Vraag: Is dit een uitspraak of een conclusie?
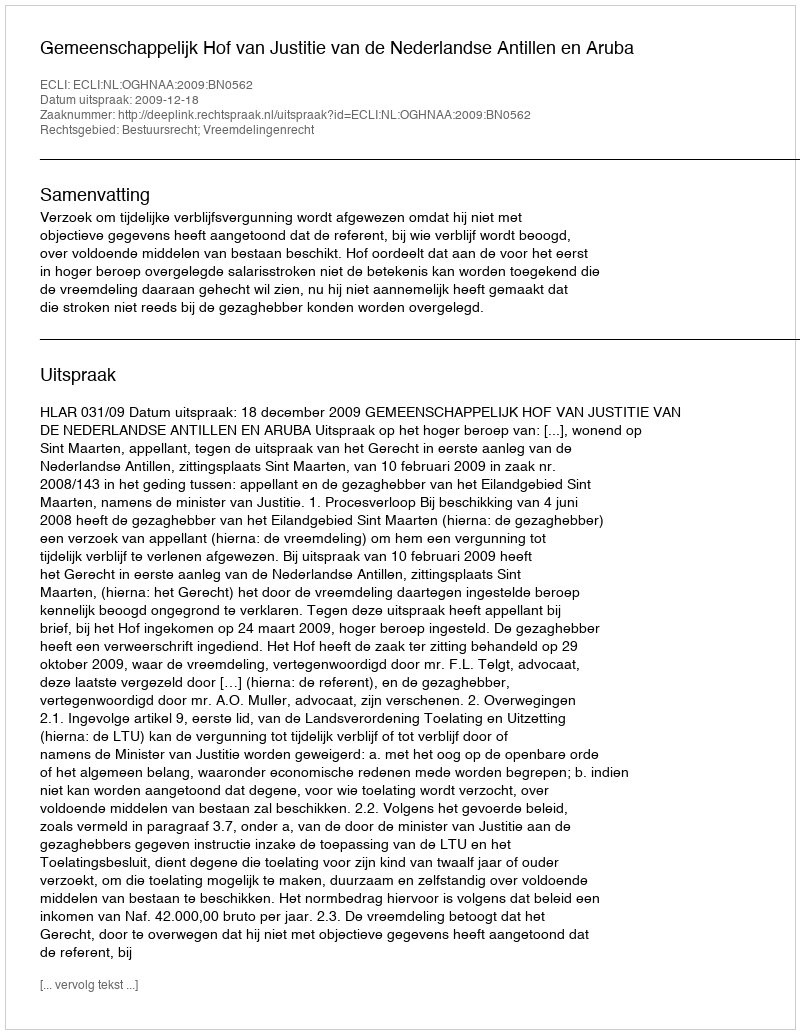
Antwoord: Uitspraak